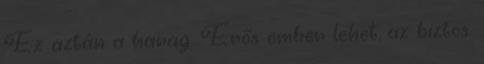
Ez aztán a harag. Erős ember lehet, az biztos.